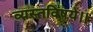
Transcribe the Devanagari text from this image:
व्यस्तविषये।।